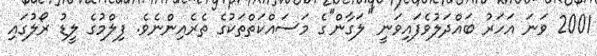
2001 ވަނަ އަހަރު ބައްދަލުވެފައިވަނީ ''ލަގާން''ގެ މަސައްކަތްތަކުގެ ތެރެއިންނެވެ. ފިލްމުގެ ލީޑު ރޯލުގައި